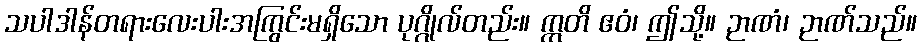
သပါဒါန်တရားလေးပါးအကြွင်းမရှိသော ပုဂ္ဂိုလ်တည်း။ ဣတိ ဧဝံ၊ ဤသို့။ ဉာဏံ၊ ဉာဏ်သည်။